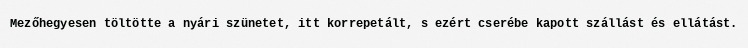
Mezőhegyesen töltötte a nyári szünetet, itt korrepetált, s ezért cserébe kapott szállást és ellátást.